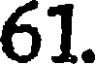
61.